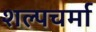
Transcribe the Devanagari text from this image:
शल्पचर्मा